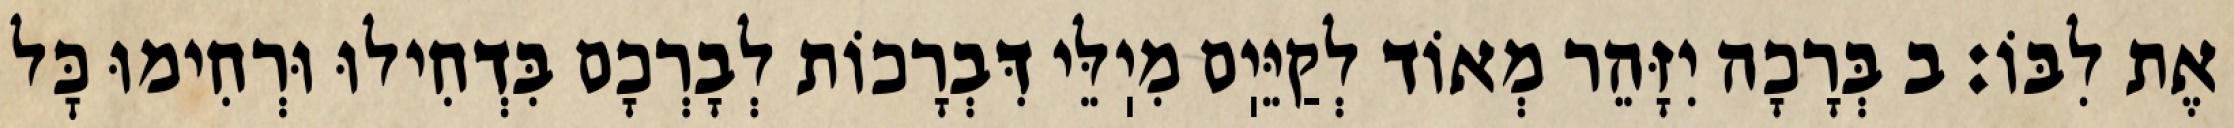
אֶת לִבּוֹ: ב בְּרָכָה יִזָּהֵר מְאוֹד לְקַיֵּיֽם מִיֽלֵּי דִּבְרָכוֹת לְבָרְכָם בִּדְחִילוּ וּרְחִימוּ כׇּל